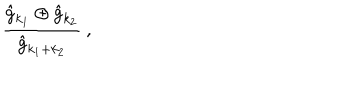
\frac { \hat { g } _ { k _ { 1 } } \oplus \hat { g } _ { k _ { 2 } } } { \hat { g } _ { k _ { 1 } + k _ { 2 } } } \: ,